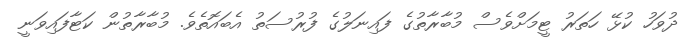
ދުވަހު ކުޅޭ ހަތަރު ޓީމަށްވެސް މުބާރާތުގެ ފައިނަލުގެ ފުރުސަތު އެބައޮތެވެ. މުބާރާތުން ކަޓާފައިވަނީ